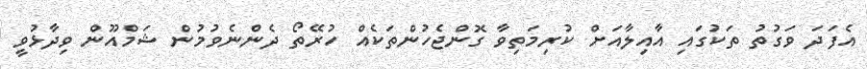
އެފަދަ ވަގުތު ތަކުގައި އާއިލާއަށް ކުރިމަތިވާ ގޮންޖެހުންތަކެއް ހުރޭތޯ ދެންނެވުމުން ޝަމްއޫން ވިދާޅުވީ